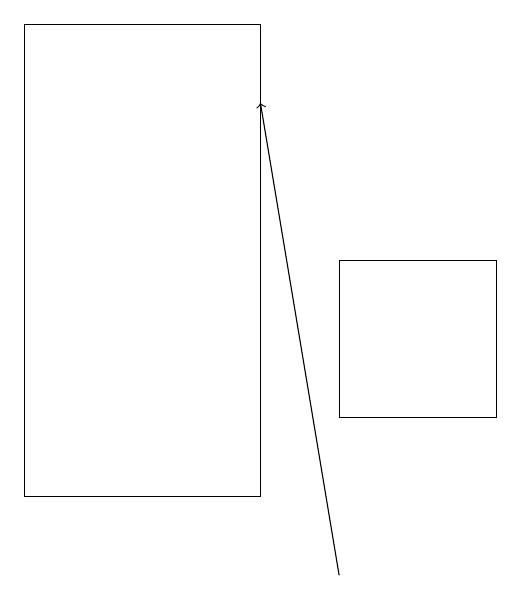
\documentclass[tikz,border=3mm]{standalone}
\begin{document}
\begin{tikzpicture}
\draw (5,12) rectangle (7,14);
\draw (1,17) rectangle (4,11);
\draw[->] (5,10) -- (4,16);
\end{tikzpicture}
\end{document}